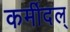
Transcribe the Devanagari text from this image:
कर्मीदल्